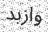
وازبد